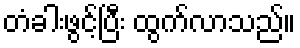
တံခါးဖွင့်ပြီး ထွက်လာသည်။